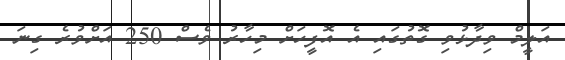
އަލީމް ވިދާޅުވި ގޮތުގައި އެ އޮފީހަށް މިހާރު ވެސް 250 އަށްވުރެ ގިނަ